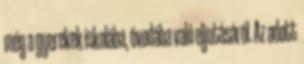
még a gyerekek iskolába, óvodába való eljutásáról. Az adott